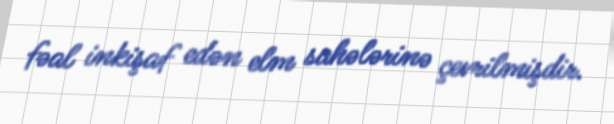
fəal inkişaf edən elm sahələrinə çevrilmişdir.